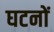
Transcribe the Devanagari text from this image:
घटनों